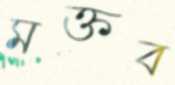
মক্তব